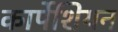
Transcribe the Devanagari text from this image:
कार्पेशियन